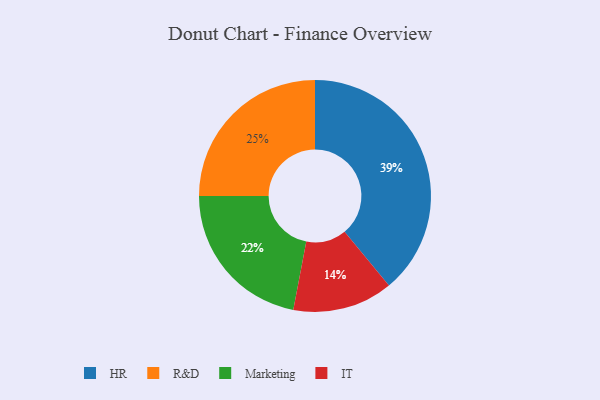
{"axis": {"x": "Category", "y": "Percentage"}, "legend": ["HR", "IT", "Marketing", "R&D"], "data": [{"x": "R&D", "y": 25, "type": "R&D"}, {"x": "Marketing", "y": 22, "type": "Marketing"}, {"x": "HR", "y": 39, "type": "HR"}, {"x": "IT", "y": 14, "type": "IT"}]}